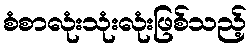
စံစာလုံးသုံးလုံးဖြစ်သည့်